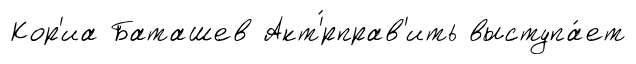
Кор'иа Баташев Акт'́рправ'ить выступа́ет